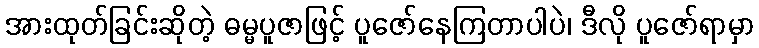
အားထုတ်ခြင်းဆိုတဲ့ ဓမ္မပူဇာဖြင့် ပူဇော်နေကြတာပါပဲ၊ ဒီလို ပူဇော်ရာမှာ